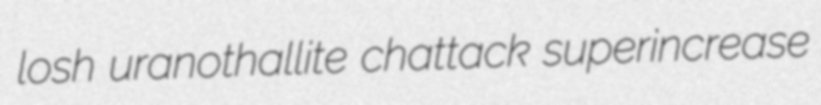
losh uranothallite chattack superincrease